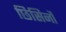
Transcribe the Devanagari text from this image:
छिसिनौ